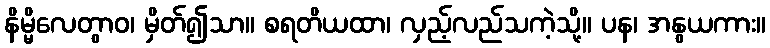
နိမ္မိလေတွာဝ၊ မှိတ်၍သာ။ စရတိယထာ၊ လှည့်လည်သကဲ့သို့။ ပန၊ အနွယကား။